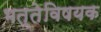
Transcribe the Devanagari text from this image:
भत्तेविषयक